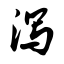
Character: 泻